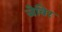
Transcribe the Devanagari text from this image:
जेविर